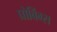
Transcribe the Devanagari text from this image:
प्रोबिंग्स